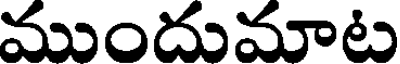
ముందుమాట